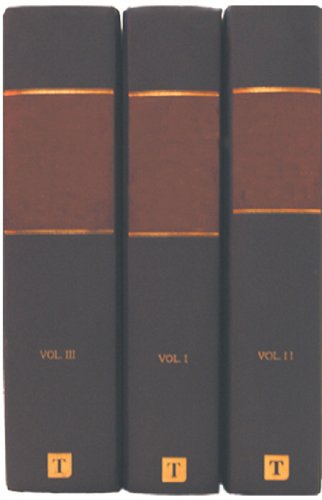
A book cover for History of Water, A, Series II, Three volume set; Terje Tvedt; Science & Math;